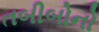
તબીબોનો